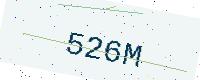
Text: 526M